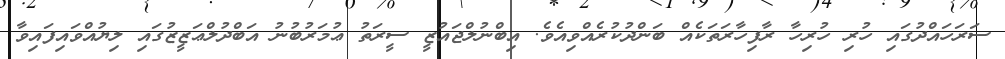
ސަރަހައްދުގައި ހުރި ހުރިހާ ރާފިހާރަތަކެއް ބަންދުކުރެއްވިއެވެ. އިބްނުލްޖައުޒީ ސީރަތު ޢުމަރުބުނު އަބްދުލްޢަޒީޒުގައި ލިޔުއްވައިފައިވާ